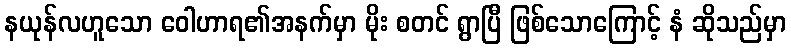
နယုန်လဟူသော ဝေါဟာရ၏အနက်မှာ မိုး စတင် ရွာပြီ ဖြစ်သောကြောင့် နံ ဆိုသည်မှာ